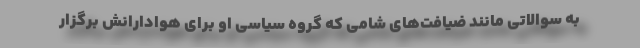
به سوالاتی مانند ضیافت‌های شامی که گروه سیاسی او برای هوادارانش برگزار